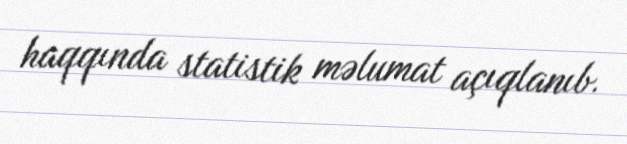
haqqında statistik məlumat açıqlanıb.